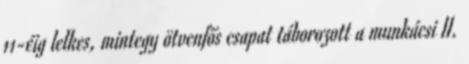
11-éig lelkes, mintegy ötvenfős csapat táborozott a munkácsi II.